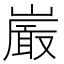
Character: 𭗕